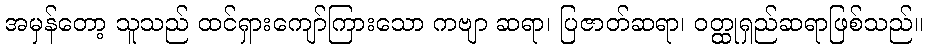
အမှန်တော့ သူသည် ထင်ရှားကျော်ကြားသော ကဗျာ ဆရာ၊ ပြဇာတ်ဆရာ၊ ဝတ္ထုရှည်ဆရာဖြစ်သည်။